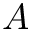
A